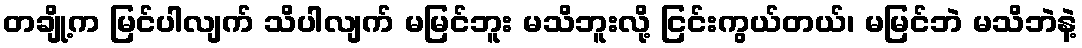
တချို့က မြင်ပါလျက် သိပါလျက် မမြင်ဘူး မသိဘူးလို့ ငြင်းကွယ်တယ်၊ မမြင်ဘဲ မသိဘဲနဲ့